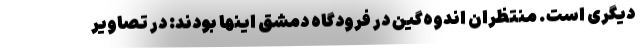
دیگری است. منتظران اندوه‌گین در فرودگاه دمشق اینها بودند: در تصاویر